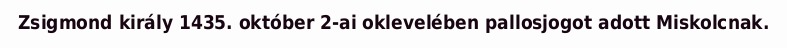
Zsigmond király 1435. október 2-ai oklevelében pallosjogot adott Miskolcnak.